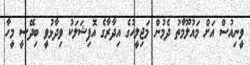
ވީނިއުސް އަށް މައުލޫމާތު ދެމުން މަޖިލީހުގެ އިދާރާގެ އޮފިޝަލަކު ވިދާޅުވީ ބިދޭސީ މީހާ